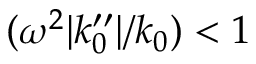
( \omega ^ { 2 } | k _ { 0 } ^ { \prime \prime } | / k _ { 0 } ) < 1